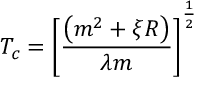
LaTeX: T _ { c } = \left[ \frac { \left( m ^ { 2 } + \xi R \right) } { \lambda m } \right] ^ { \frac 1 2 }